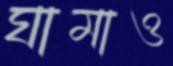
ঘামাও